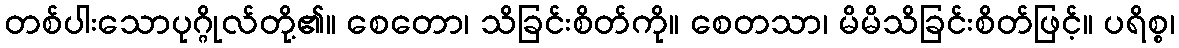
တစ်ပါးသောပုဂ္ဂိုလ်တို့၏။ စေတော၊ သိခြင်းစိတ်ကို။ စေတသာ၊ မိမိသိခြင်းစိတ်ဖြင့်။ ပရိစ္စ၊